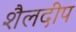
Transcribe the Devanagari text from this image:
शैलदीप